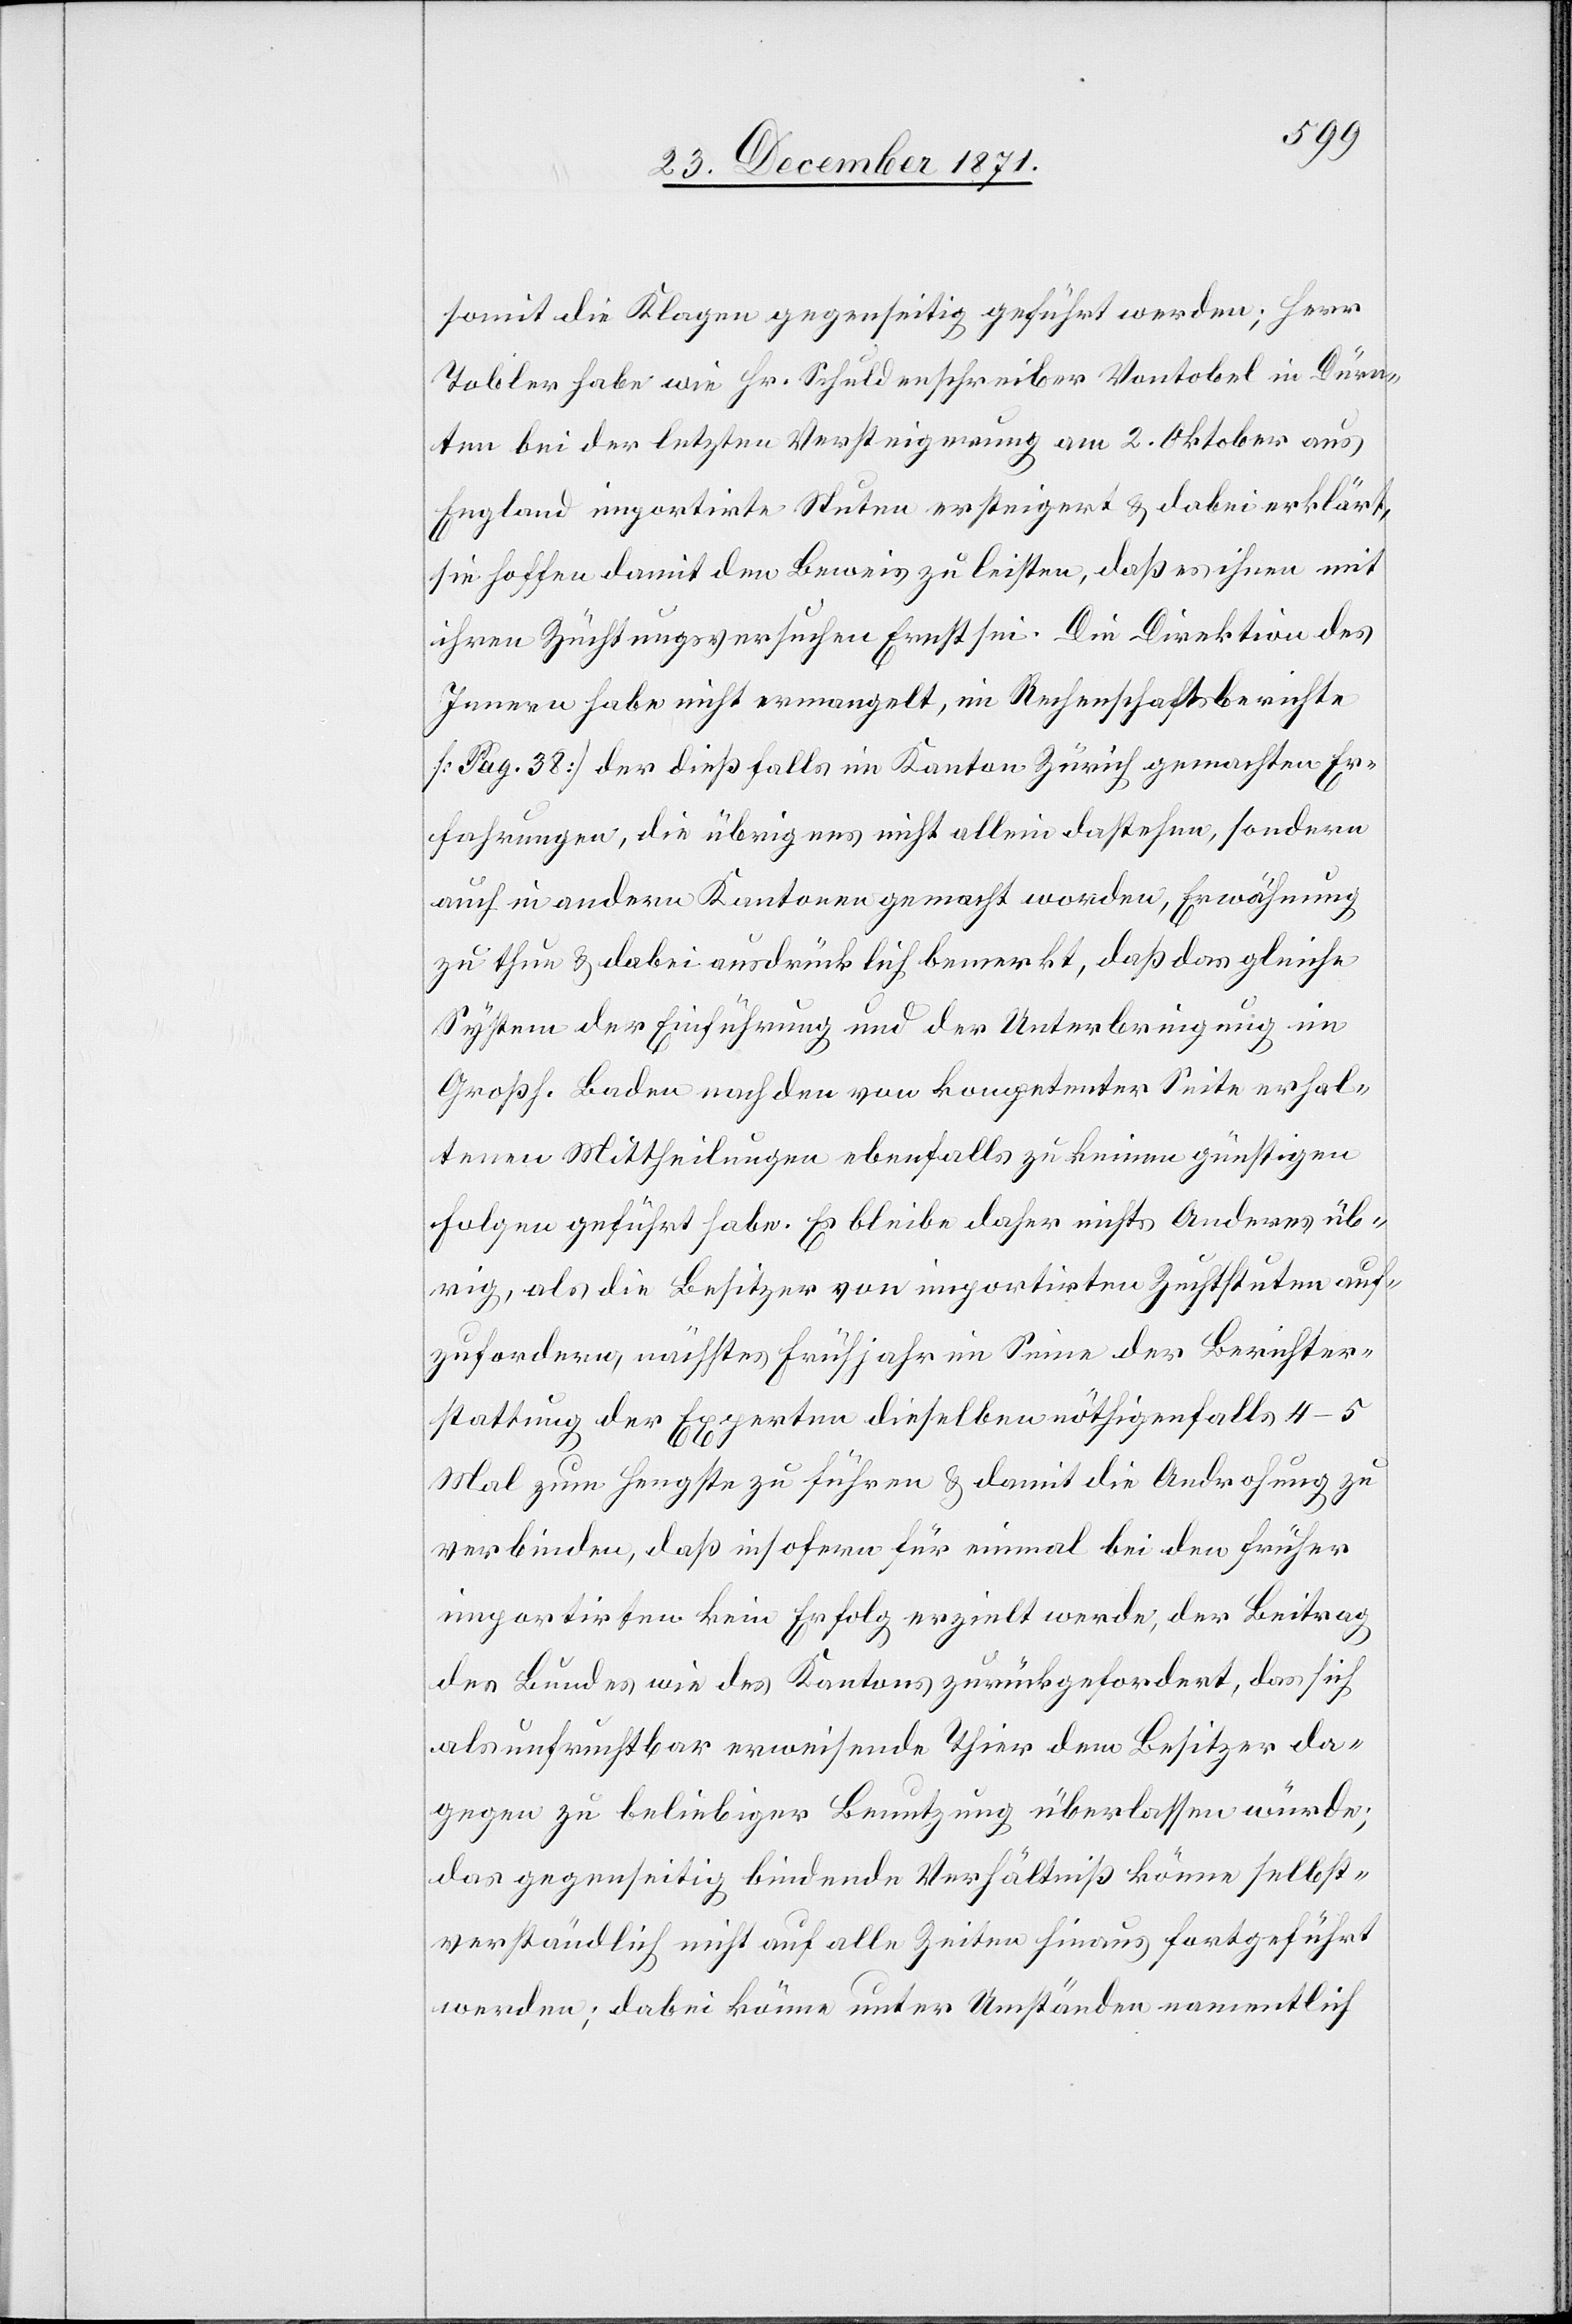
somit die Klagen gegenseitig geführt werden; Herr
Tobler habe wie Hr. Schuldenschreiber Vontobel in Dürn¬
ten bei der letzten Versteigerung am 2. Oktober aus
England importirte Stuten ersteigert & dabei erklärt,
sie hoffen damit den Beweis zu leisten, daß es ihnen mit
ihren Züchtungsversuchen Ernst sei. Die Direktion des
Innern habe nicht ermangelt, im Rechenschaftsberichte
[Pag. 38] der dießfalls im Kanton Zürich gemachten Er¬
fahrungen, die übrigens nicht allein dastehen, sondern
auch in andern Kantonen gemacht worden, Erwähnung
zu thun & dabei ausdrücklich bemerkt, daß das gleiche
System der Einführung und der Unterbringung im
Großh. Baden nach den von kompetenter Seite erhal¬
tenen Mittheilungen ebenfalls zu keinen günstigen
Folgen geführt habe. Es bleibe daher nichts Anderes üb¬
rig, als die Besitzer von importirten Zuchtstuten auf¬
zufordern, nächstes Frühjahr im Sinne der Berichter¬
stattung der Experten dieselben nöthgenfalls 4–5
Mal zum Hengste zu führen & damit die Androhung zu
verbinden, daß insofern für einmal bei den früher
importirten kein Erfolg erzielt werde, der Beitrag
des Bundes wie des Kantons zurückgefordert, das sich
als unfruchtbar erweisende Thier dem Besitzer da¬
gegen zu beliebiger Benutzung überlassen würde;
das gegenseitig bindende Verhältniß könne selbst¬
verständlich nicht auf alle Zeiten hinaus fortgeführt
werden; dabei könne unter Umständen namentlich